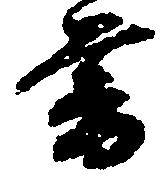
暮